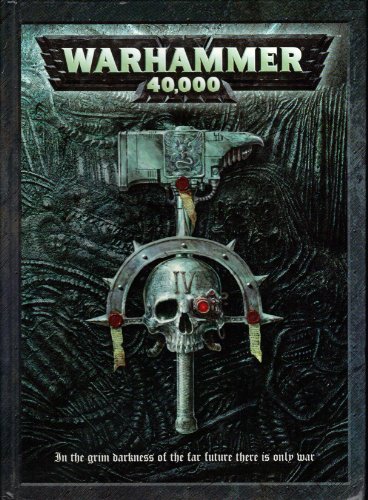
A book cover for Warhammer 40,000; producer Games Workshop; Sports & Outdoors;